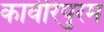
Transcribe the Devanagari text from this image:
कावेरिपुरम